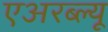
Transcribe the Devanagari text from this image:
एअरब्ल्यू